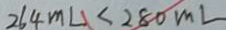
2 6 4 m L < 2 8 0 m L